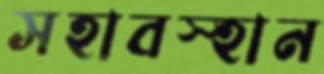
সহাবস্হান